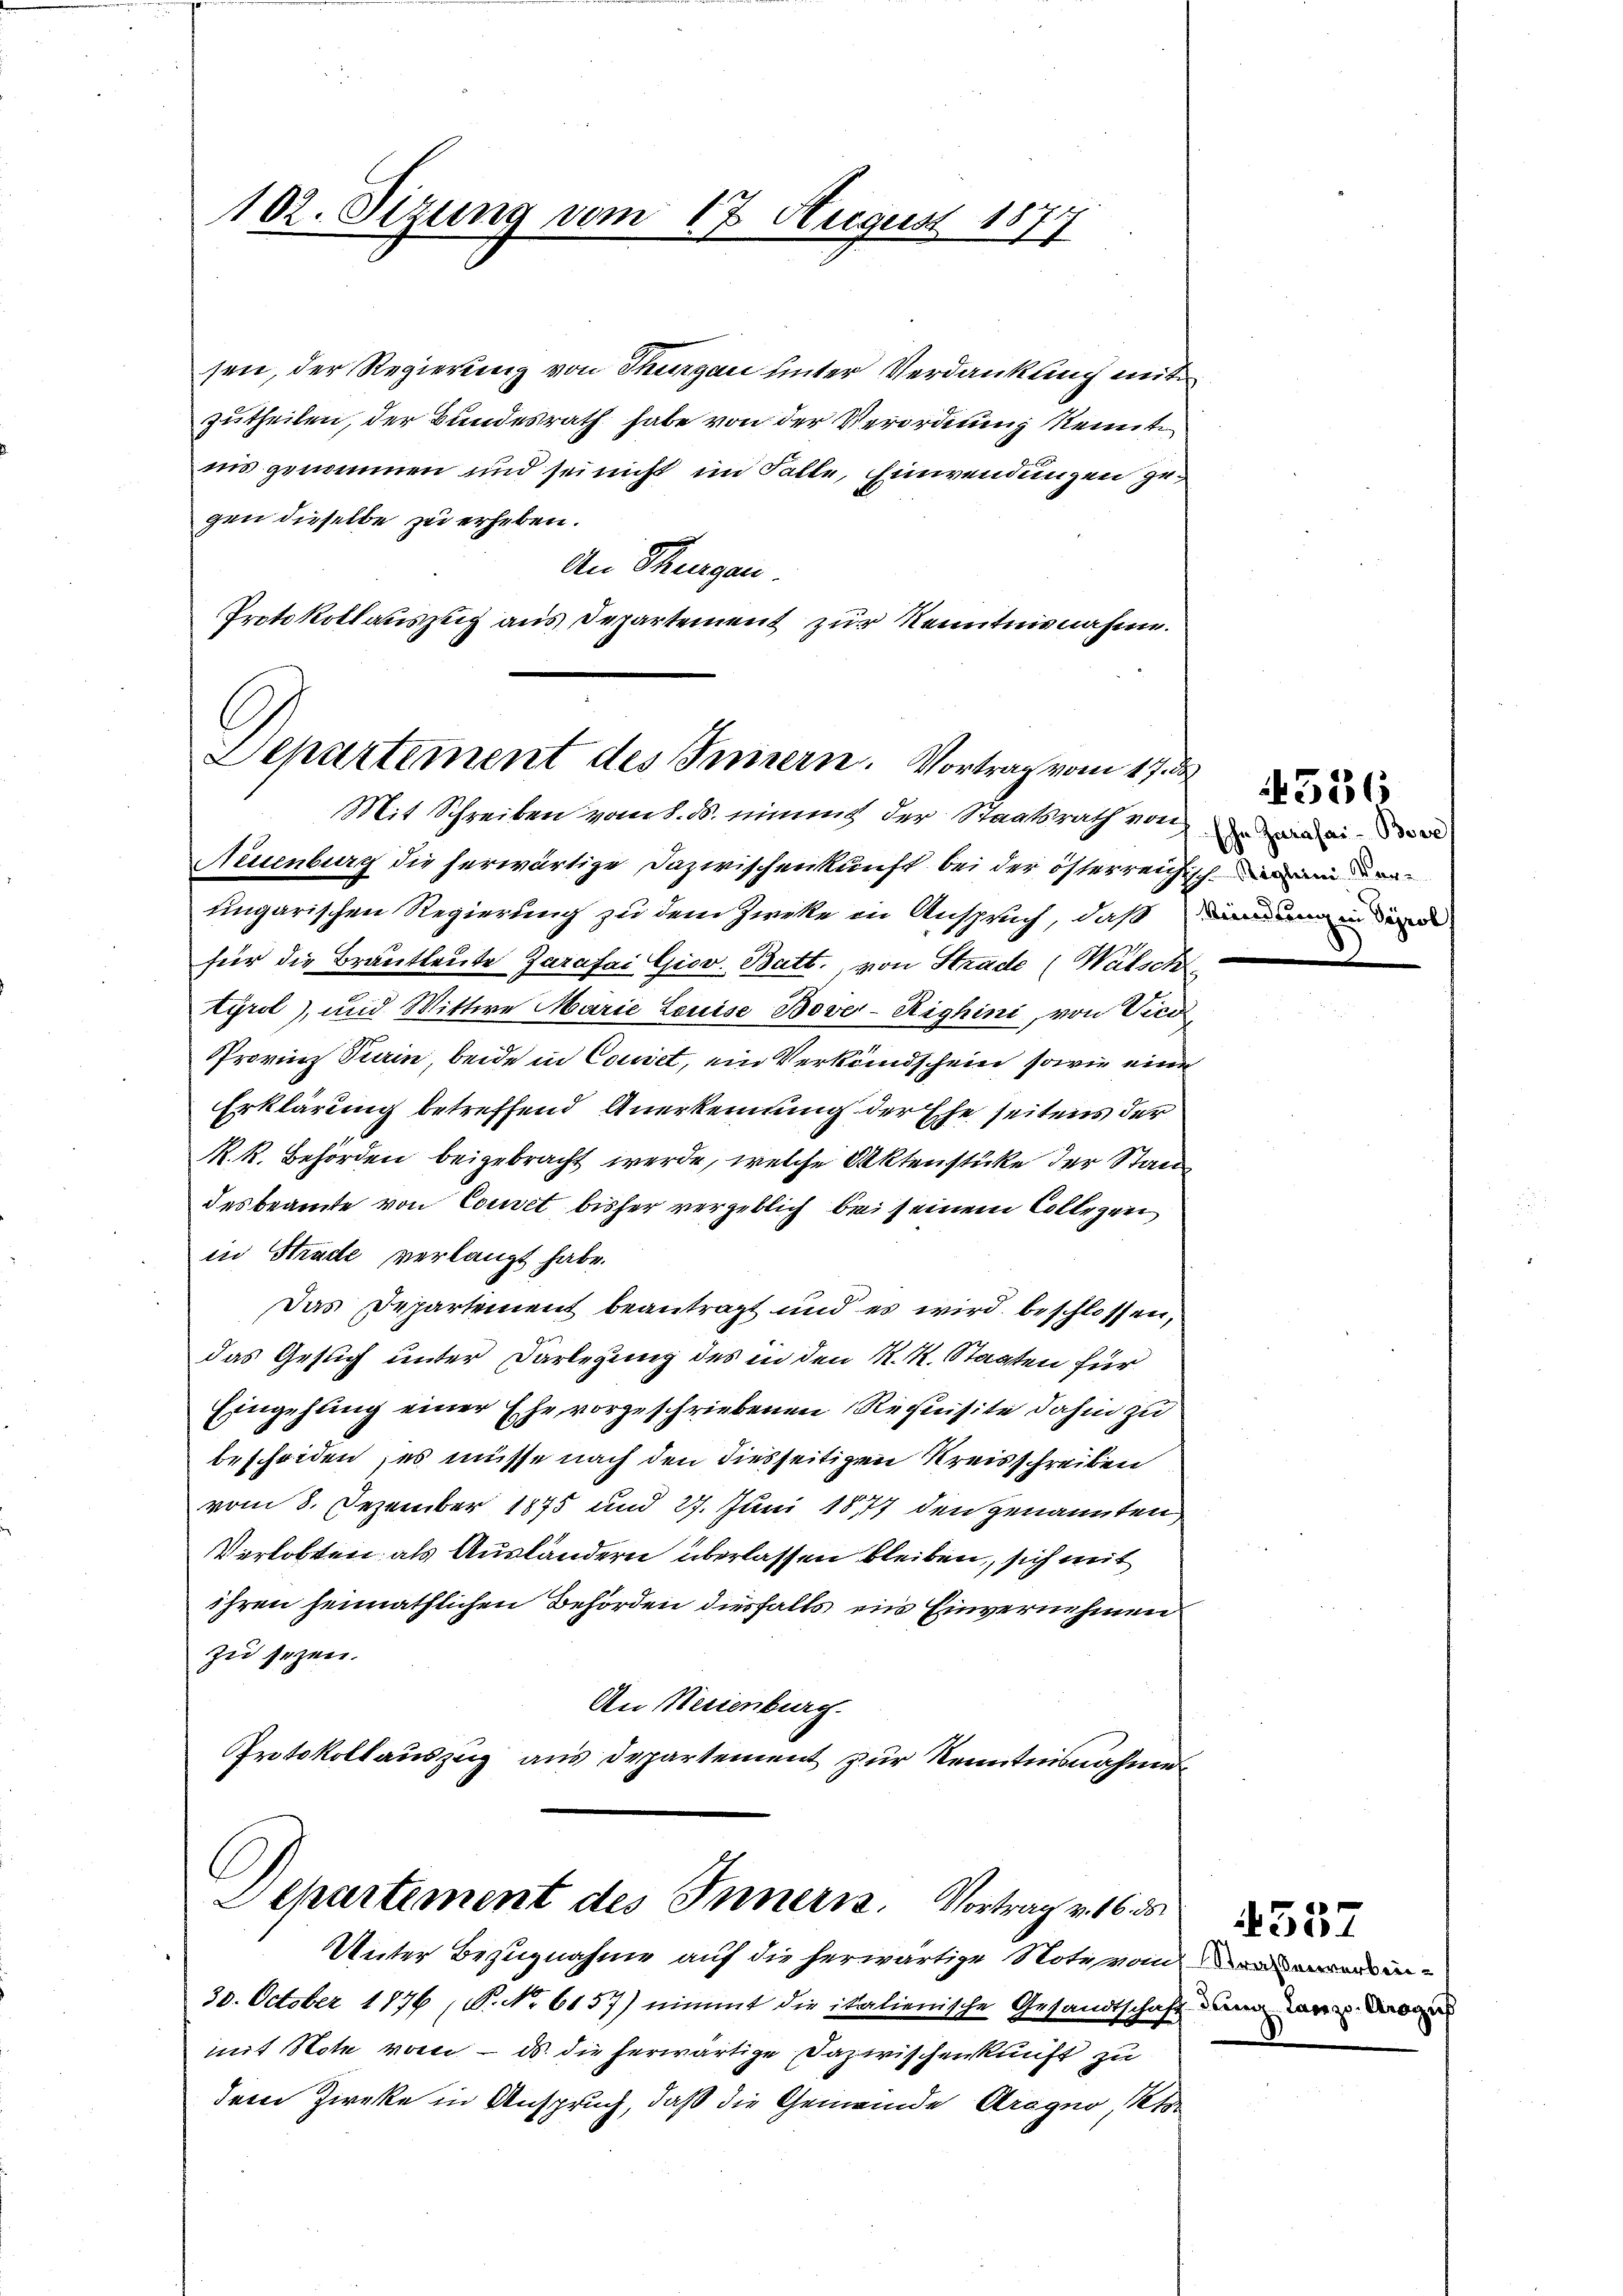
102. Sizung vom 17. August 1877

sen, der Regierung von Thurgau unter Verdankung mit
zutheilen, der Bundesrath habe von der Verordnung kennte
iis genommen und sei nicht im Falle, Einwendungen zugen dieselbe zu erheben.
An Thurgau.
Protokollauszug aus Departement zur Kenntnisnahme.

Departement des Innern. Vortrag vom 17. de
Mit Schreiben vom 8. ds. nimmt der Staatsrath von

Neuenburg die herwärtige Dazwischenkunft bei der österreichischein den
ungarischen Regierung zu dem Zwecke in Anspruch, daß die in der
für die Brautleute Zarafai Giov. Batt, von Strade (Watsch
tyrol), und Wittwe Marie Louise Bover-Righini, von Vice
Provinz Turin, beide in Comet, ein Verkundschein, sowie einen
Erklärung betreffend Anerkennung der Ehe seitens der
R. R. Behörden beigebracht werde, welche Aktenstücke der Staa
desbeamte von Couvet bisher vergeblich bei seinem Collegen
in Strade verlangt habe.
Das Departement beantragt und es wird beschlossen,
das Gesuch unter Darlegung des in den K. K. Staaten für
Eingehung einer Ehe vorgeschriebenen Requisite dahin zu
bescheiden ; es müsse nach den diesseitigen Kreisschreiben
vom 8. Dezember 1875 und 27. Juni 1877 den genannten
Verlobten als Ausländern überlassen bleiben, sich mit
ihren heimathlichen Behörden diesfalls ein Einvernehmen
zu sezen.
An Neuenburg.
Protokollauszug aus Departement zur Kenntnisnahme

C
Departement des Innern. Vortrag v. 16.
Unter Bezugnahme auf die herwärtige Notevan

30. October 1876 S. Nr. 6157) nimmt die italienische Gesandtschaft dann dann der
mit Note von - ds. die herwärtige Dazwischenkunft zu
dem Zirke in Anspruch, daß die Gemeinde Aragno Pet

Ehe Jurasai- Bore

4556